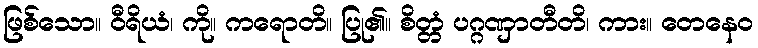
ဖြစ်သော။ ဝီရိယံ၊ ကို။ ကရောတိ။ ပြု၏။ စိတ္တံ ပဂ္ဂဏှာတီတိ၊ ကား။ တေနေဝ